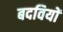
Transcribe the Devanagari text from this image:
बदवियों